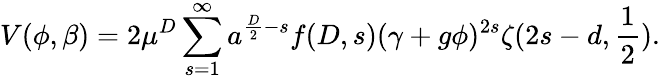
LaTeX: V(\phi,\beta)=2\mu^{D}\sum_{s=1}^{\infty}a^{\frac{D}{2}-s}f(D,s)(\gamma+g\phi)^{2s}\zeta(2s-d,\frac{1}{2}).